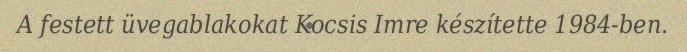
A festett üvegablakokat Kocsis Imre készítette 1984-ben.